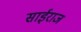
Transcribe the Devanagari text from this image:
साईराज